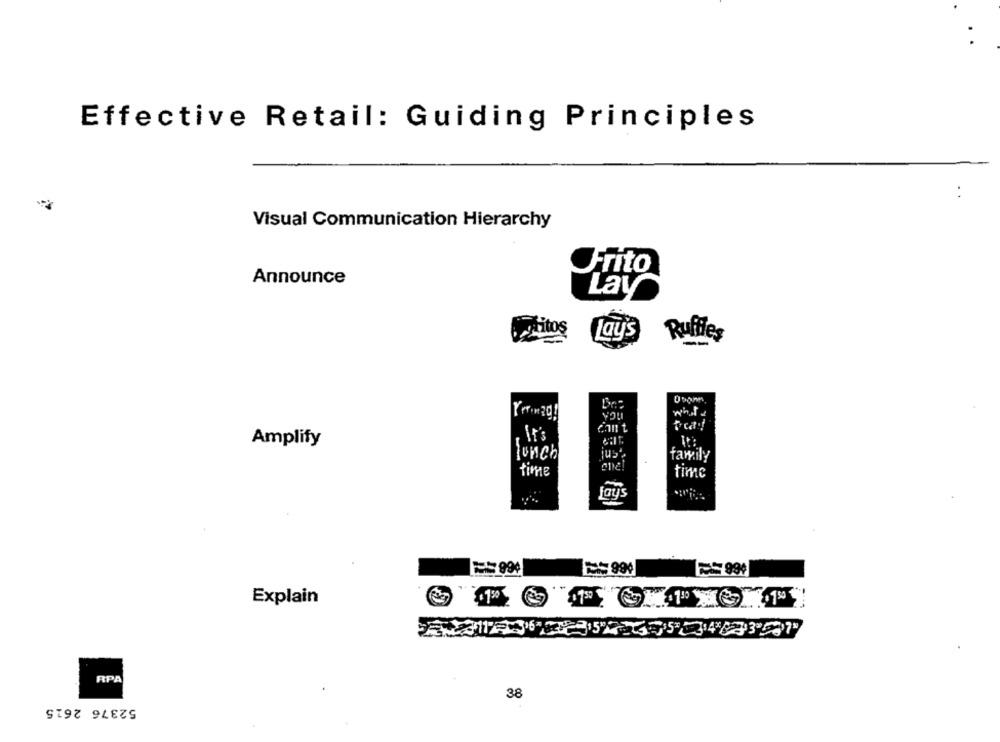
Effective Retail: Guiding Principles
Visual Communication Hierarchy
Frito
Announce
Lay
gritos
Lay's
Ruffles
NGA
, It's
Amplify
It's
lunch
family
Time
time
fay's
=== 990
Explain
RPA
38
52376 2615